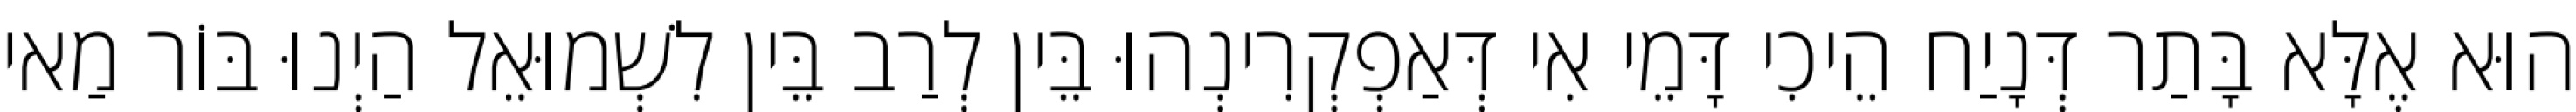
הוּא אֶלָּא בָּתַר דְּנָיַח הֵיכִי דָּמֵי אִי דְּאַפְקְרִינְהוּ בֵּין לְרַב בֵּין לִשְׁמוּאֵל הַיְנוּ בּוֹר מַאי